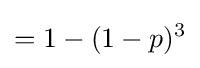
=1-(1-p)^{3}